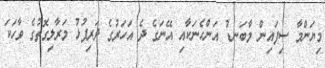
މިޔަންމާ ސިފައިން މާބަނޑު އަންހެނަކާއި އޭނަގެ ދެ އަހަރުގެ ދަރިފުޅު މަރާލިގޮތުގެ ވާހަކަ